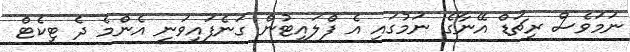
ނަމަވެސް ރިޗަޑް އޭނާގެ ނަމުގައި އެ ފްލައިޓުން ގަނެފައިވަނީ އެންމެ ދެ ޓިކެޓް